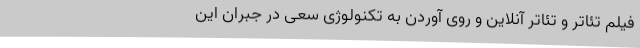
فیلم تئاتر و تئاتر آنلاین و روی آوردن به تکنولوژی سعی در جبران این